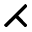
\rightthreetimes